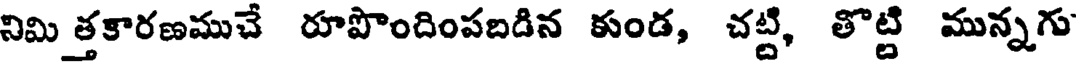
నిమి త్తకారణముచే రూపొందింపబడిన కుండ, చట్టి, తొట్టి మున్నగు